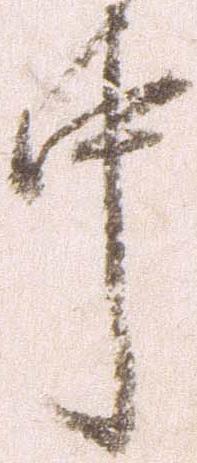
中